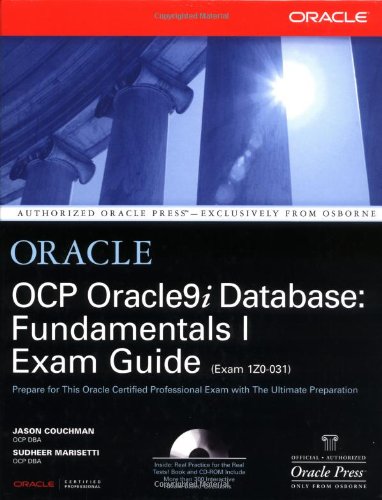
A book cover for OCP Oracle9i Database: Fundamentals I Exam Guide; Jason Couchman; Computers & Technology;